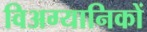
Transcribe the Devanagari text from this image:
विअग्यानिकों